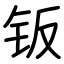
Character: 钣